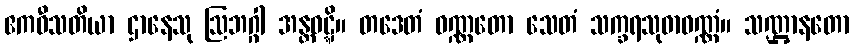
ဧကဝီသတိယာ ဌာနေသု ဩဘဂ္ဂါ အန္တဝဋ္ဋိ။ တဒေတံ ဝဏ္ဏတော သေတံ သက္ခရသုဓာဝဏ္ဏံ။ သဏ္ဌာနတော